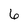
Character: 6